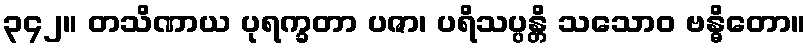
၃၄၂။ တသိဏာယ ပုရက္ခတာ ပဇာ၊ ပရိသပ္ပန္တိ သသောဝ ဗန္ဓိတော။